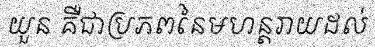
យួន គឺជាប្រភពនៃមហន្តរាយដល់